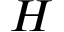
H